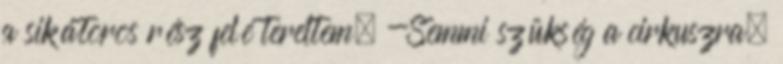
a sikátoros rész felé tereltem. -Semmi szükség a cirkuszra,